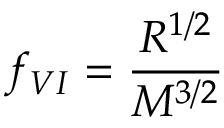
f _ { V I } = \frac { R ^ { 1 / 2 } } { M ^ { 3 / 2 } }